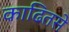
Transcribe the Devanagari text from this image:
काढितसे